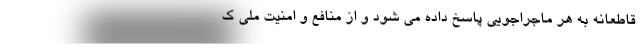
قاطعانه به هر ماجراجویی پاسخ داده می شود و از منافع و امنیت ملی ک